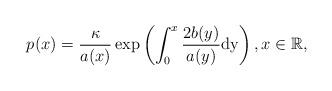
LaTeX: \begin{align*} p(x) &= \frac{\kappa}{a(x)}\exp\left(\int^x_0\frac{2b(y)}{a(y)}\mathrm{dy}\right),x\in \mathbb{R},\end{align*}